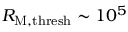
R _ { \mathrm { M } , \mathrm { t h r e s h } } \sim 1 0 ^ { 5 }